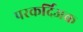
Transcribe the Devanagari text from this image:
परकर्दिअक